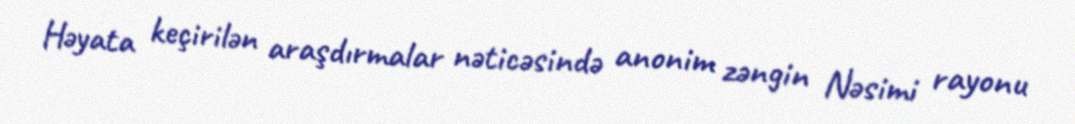
Həyata keçirilən araşdırmalar nəticəsində anonim zəngin Nəsimi rayonu